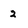
Character: 2